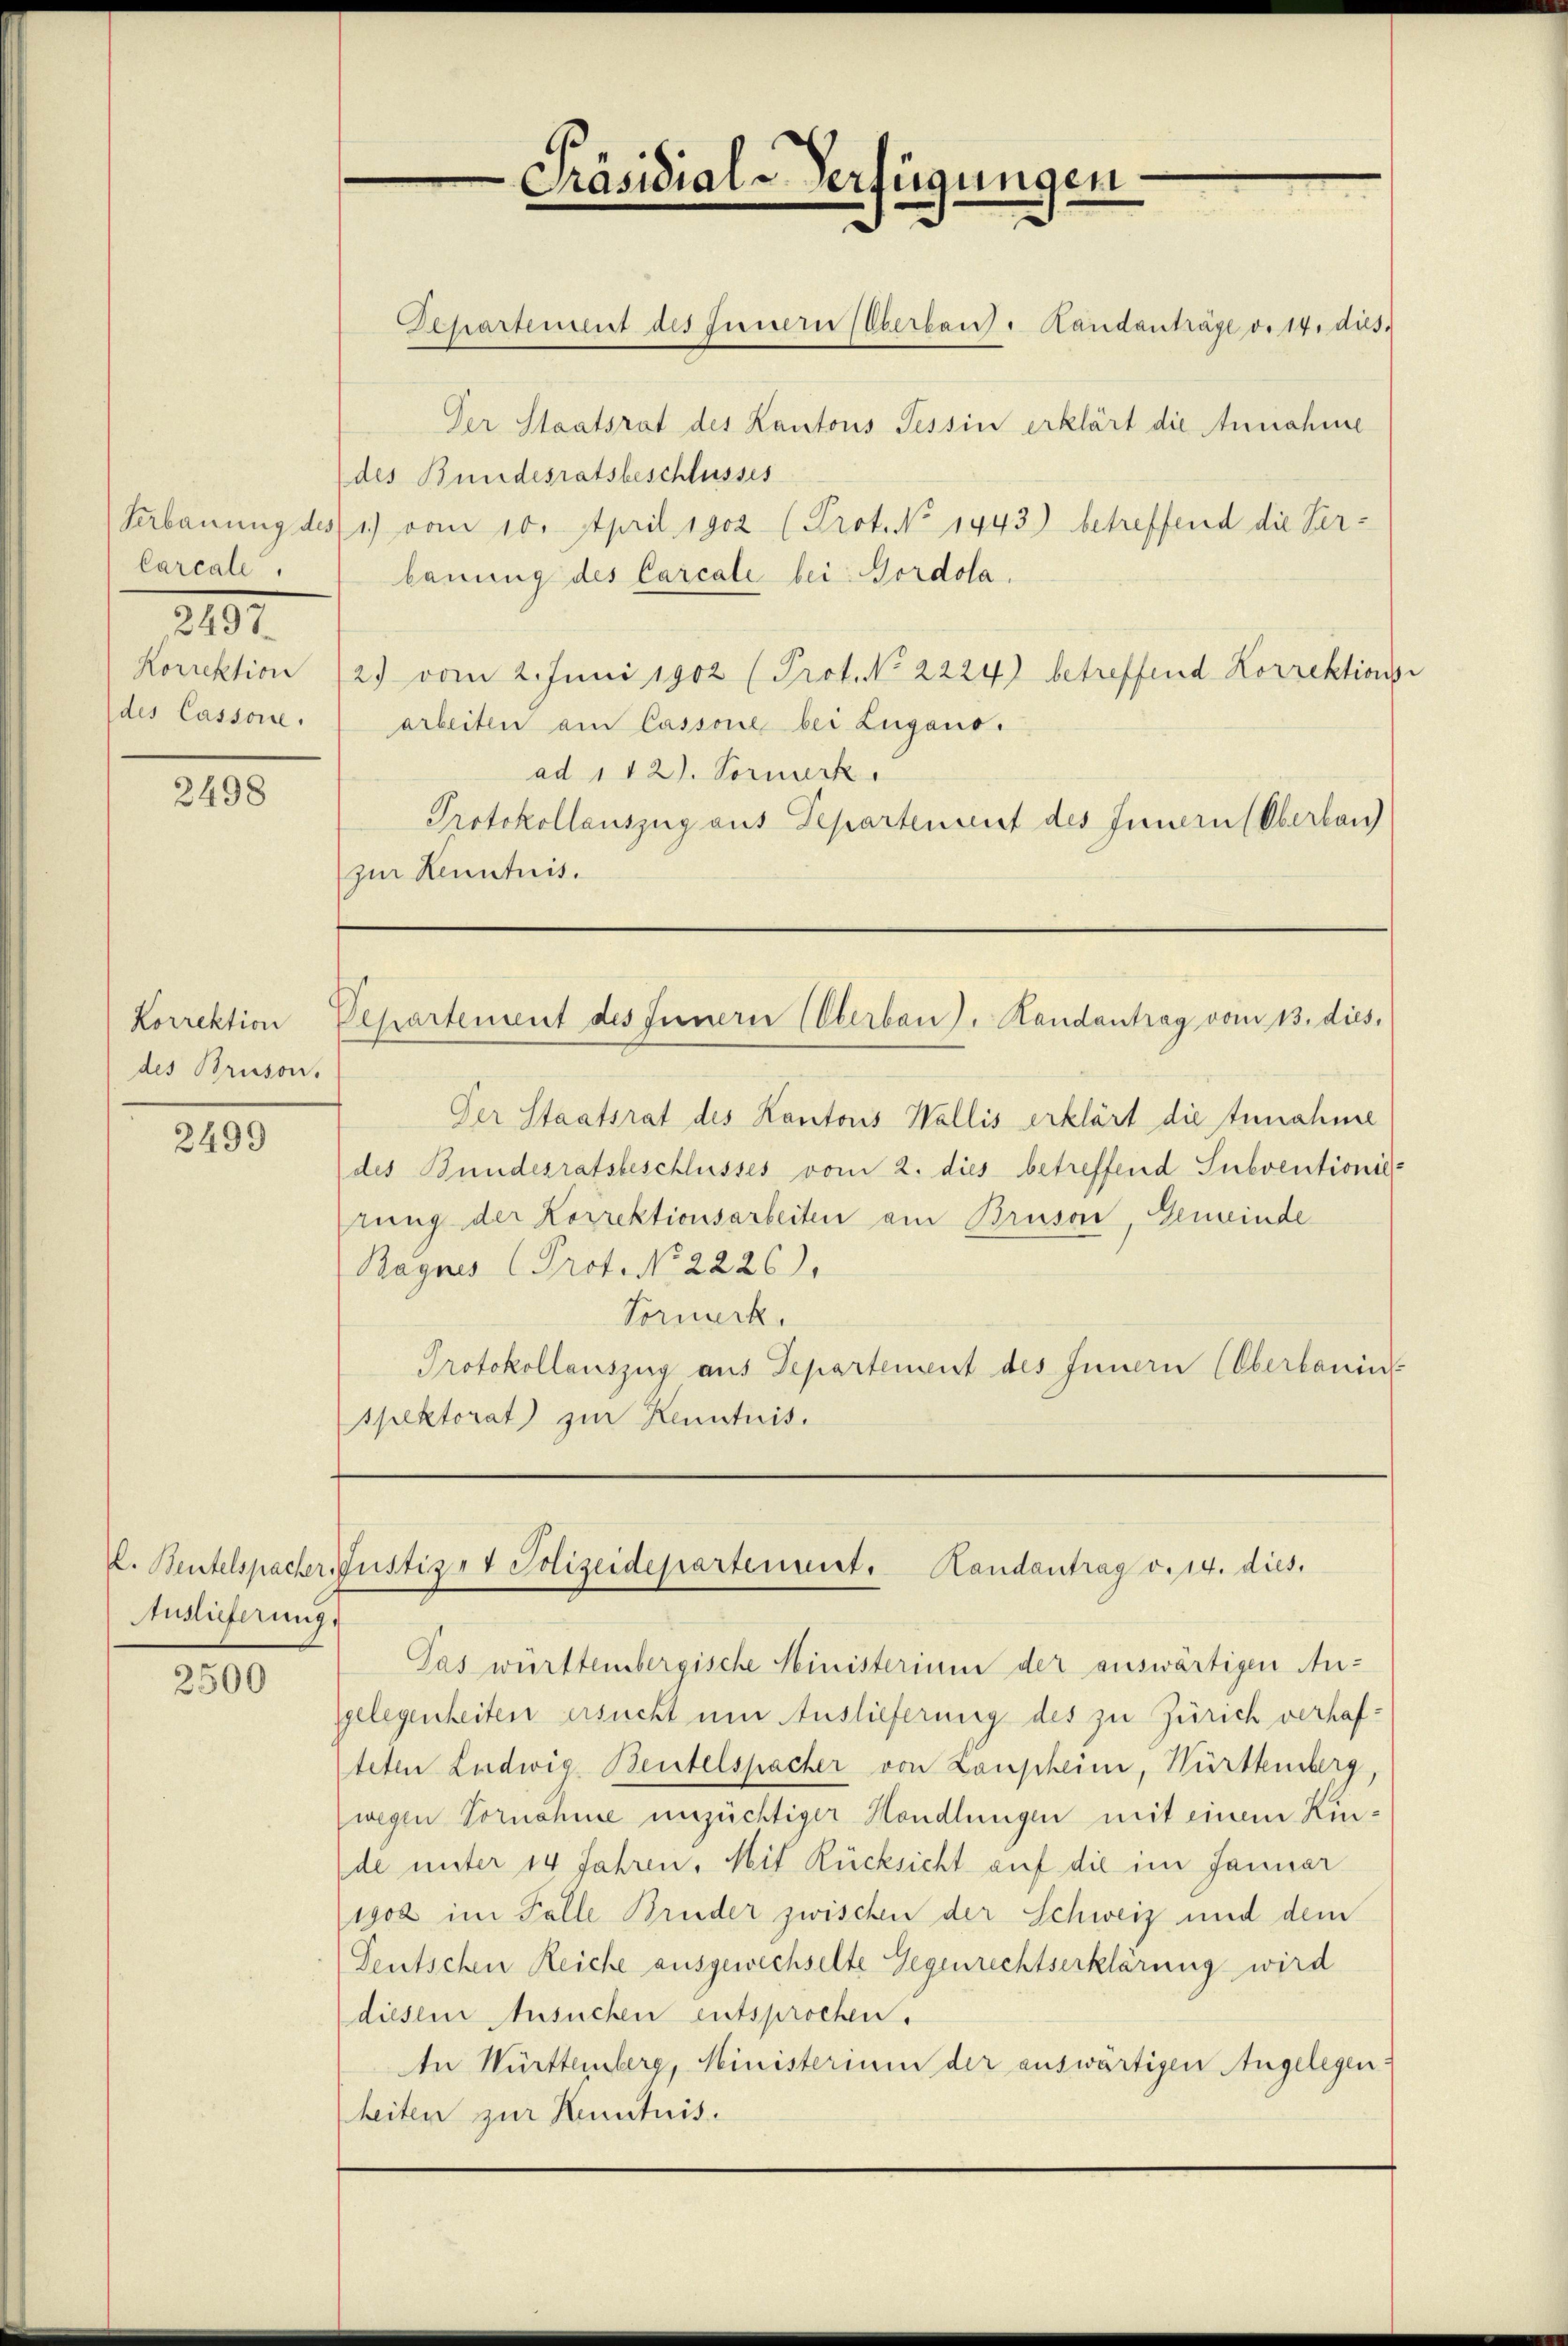
Präsidial-Verfügungen

Departement des Innern (Oberbaut. Handanträge v. 14. dies

Der Staatsrat des Kantons Tessin erklärt die Annahme
des Bundesratsbeschlusses
Serbauung des 1) vom 10. April 1902 (Prot. No 1443) betreffend die Verbauung des Carcale bei Nordola.
Korrektion 22. vom 2. Juni 1902 (Prot. No. 2224) betreffend Korrektions-
arbeiten am Cassone bei Lugano.
ad 112. Vormerk
Protokollauszug aus Departenuent des Innern Oberlan
zur Kenntnis.

Carcale
des Cassone.

219.

2498

Departement des Innern (Oberbau). Handantrag vom 13. dies.

Korrektion
des Bruson.

Der Staatsrat des Kantons Wallis erklärt die Annahme
des Bundesratsbeschlusses vom 2. dies betreffend Subventionie-
rung der Korrektionsarbeiten am Bruson, Gemeinde
Bagnes Prof. No. 2226).
Vormerk.
Protokollauszug aus Departement des Innern (Oberbauin
spektorat zur Kenntnis.

2499

k. Bentelspacher Justiz- & Polizeidepartement. Landantrag v. 14. dies.

Auslieferung.

Pas württembergische Ministerium der auswärtigen Angelegenheiten ersucht um Auslieferung des zu Zürich verhafteten Ludwig Beutelspacher von Laupheim, Württemberg
wegen Vornahme unzüchtiger Handlungen mit einem Kinde unter 14 Jahren. Mit Rücksicht auf die im Januar
1902 im Falle Bruder zwischen der Schweiz und dem
Teutschen Reiche ausgewechselte Gegenrechtserklärung wird
diesem Ansuchen entsprochen.
An Württemberg, Ministerium der auswärtigen Angelegen
heiten zur Kenntnis.

2500